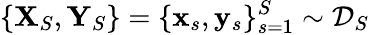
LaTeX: \{ \mathbf{X}_{S},\mathbf{Y}_{S}\} =\{ \mathbf{x}_{s},\mathbf{y}_{s}\} _{s=1}^{S}\sim\mathcal{D}_{S}